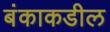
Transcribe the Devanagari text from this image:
बंकाकडील